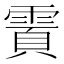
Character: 𬰄